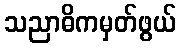
သညာဓိကမှတ်ဖွယ်